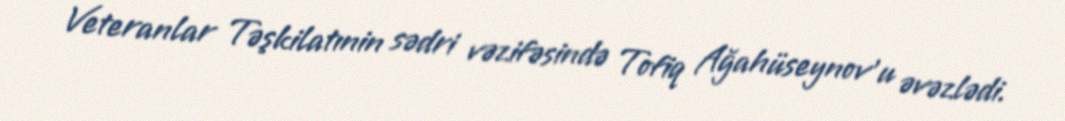
Veteranlar Təşkilatınin sədri vəzifəsində Tofiq Ağahüseynov'u əvəzlədi.